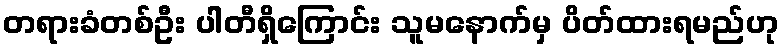
တရားခံတစ်ဦး ပါတီရှိကြောင်း သူမနောက်မှ ပိတ်ထားရမည်ဟု